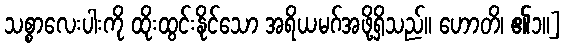
သစ္စာလေးပါးကို ထိုးထွင်းနိုင်သော အရိယမဂ်အဖို့ရှိသည်။ ဟောတိ၊ ၏၁။]